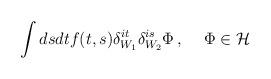
LaTeX: \begin{align*}\int dsdtf(t,s)\delta _{W_{1}}^{it}\delta _{W_{2}}^{is}\Phi\,,\,\,\,\,\,\,\,\Phi \in {\cal H} \end{align*}